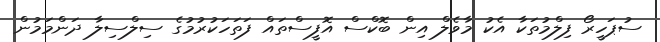
ސުޕަހީރޯ ފިލްމުތަކާ އެކު މާވެލް އިން ބޮކްސް އޮފީސްތައް ފަތަހަކުރުމުގެ ސިލްސިލާ ދަންމަމުން